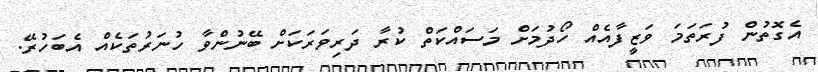
އެގޮތުން ފުރަތަމަ ވަޒީފާއެއް ހޯދުމަށް މަސައްކަތް ކުރާ ދަރިވަރަކަށް ބޭނުންވާ ހުނަރުތަކެއް އެބަހުރޭ.